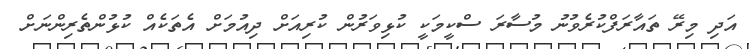
އަދި މިރޭ ތައާރަފްކުރެވުނު މުސާރަ ސްކީމަކީ ކުޅިވަރުން ކުރިއަށް ދިއުމަށް އެތަކެއް ކުޅުންތެރިންނަށް